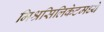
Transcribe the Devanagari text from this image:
मिश्रसिलिकेटमध्ये